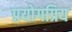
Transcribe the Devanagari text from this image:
प्रयोगप्रिय